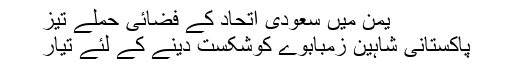
یمن میں سعودی اتحاد کے فضائی حملے تیز
پاکستانی شاہین زمبابوے کوشکست دینے کے لئے تیار